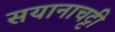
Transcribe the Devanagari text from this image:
सयानाचट्टी